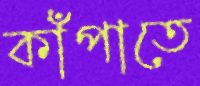
কাঁপাতে